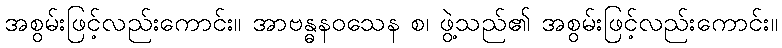
အစွမ်းဖြင့်လည်းကောင်း။ အာဗန္ဓနဝသေန စ၊ ဖွဲ့သည်၏ အစွမ်းဖြင့်လည်းကောင်း။